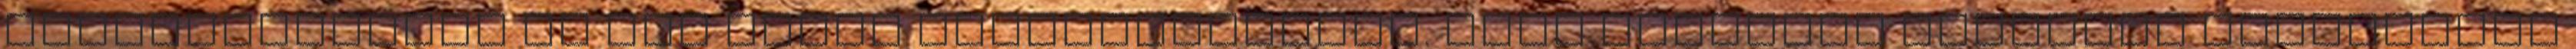
megismerkedtek az itt folyó kutatómunkával. Több egyetemi hallgató készítette